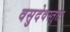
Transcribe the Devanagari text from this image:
वसुदेवस्तुतः